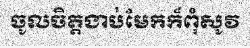
ចូលចិត្តងាប់មែកក៏ពុំសូវ